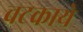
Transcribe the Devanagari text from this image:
चटकाये